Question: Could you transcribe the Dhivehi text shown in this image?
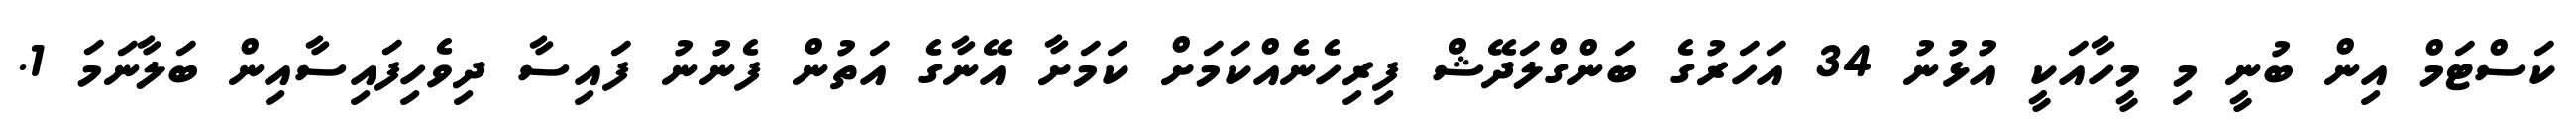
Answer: ކަސްޓަމް އިން ބުނީ މި މީހާއަކީ އުޅުނު 34 އަހަރުގެ ބަންގްލަދޭޝް ފިރިހެނެއްކަމަށް ކަމަށާ އޭނާގެ އަތުން ފެނުނު ފައިސާ ދިވެހިފައިސާއިން ބަލާނަމަ 1.